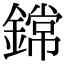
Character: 鏛